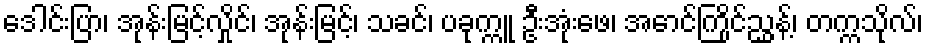
ဒေါင်းပြာ၊ အုန်းမြင့်လှိုင်၊ အုန်းမြင့်၊ သခင်၊ ပခုက္ကူ ဦးအုံးဖေ၊ အောင်ကြိုင်ညွှန့်၊ တက္ကသိုလ်၊